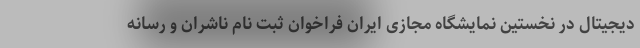
دیجیتال در نخستین نمایشگاه مجازی ایران فراخوان ثبت نام ناشران و رسانه